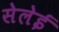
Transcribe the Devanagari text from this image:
सेलेई